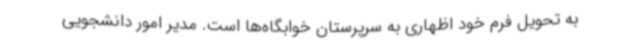
به تحویل فرم خود اظهاری به سرپرستان خوابگاه‌ها است. مدیر امور دانشجویی